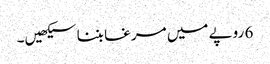
6 روپے میں مرغا بننا سیکھیں۔